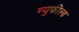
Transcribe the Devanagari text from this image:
न्युफील्ड